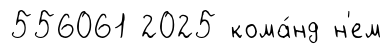
556061 2025 кома́нд н'ем